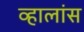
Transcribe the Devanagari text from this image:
व्हालांस